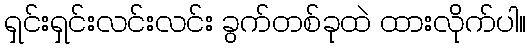
ရှင်းရှင်းလင်းလင်း ခွက်တစ်ခုထဲ ထားလိုက်ပါ။